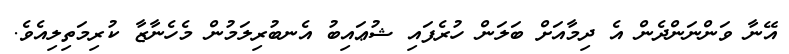
އޭނާ ވަންނަންދެން އެ ދިމާއަށް ބަލަން ހުރެފައި ޝުޢައިބު އެނބުރިލަމުން މެހެނާޒާ ކުރިމަތިލިއެވެ.